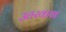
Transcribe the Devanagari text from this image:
उतरवाया